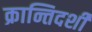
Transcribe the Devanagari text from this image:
क्रान्तिदर्शी